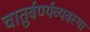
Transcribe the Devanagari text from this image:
चातुर्वर्ण्यव्यवस्था